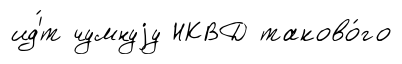
ид'́т чумнуjу НКВД таково́го